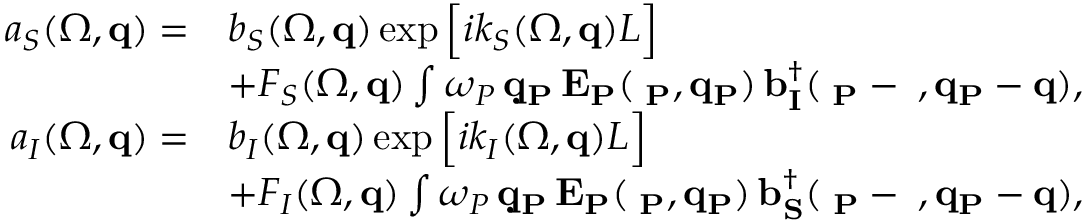
\begin{array} { r l } { a _ { S } ( \Omega , { \bf q } ) = } & { b _ { S } ( \Omega , { \bf q } ) \exp \Big [ i k _ { S } ( \Omega , { \bf q } ) L \Big ] } \\ & { + F _ { S } ( \Omega , { \bf q } ) \int \d \omega _ { P } \, \d { \bf q } _ { P } \, E _ { P } ( \Omega _ { P } , { \bf q } _ { P } ) \, b _ { I } ^ { \dagger } ( \Omega _ { P } - \Omega , { \bf q } _ { P } - { \bf q } ) , } \\ { a _ { I } ( \Omega , { \bf q } ) = } & { b _ { I } ( \Omega , { \bf q } ) \exp \Big [ i k _ { I } ( \Omega , { \bf q } ) L \Big ] } \\ & { + F _ { I } ( \Omega , { \bf q } ) \int \d \omega _ { P } \, \d { \bf q } _ { P } \, E _ { P } ( \Omega _ { P } , { \bf q } _ { P } ) \, b _ { S } ^ { \dagger } ( \Omega _ { P } - \Omega , { \bf q } _ { P } - { \bf q } ) , } \end{array}